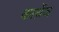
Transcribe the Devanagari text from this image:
कार्थ़ेज